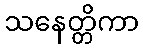
သနေတ္တိကာ